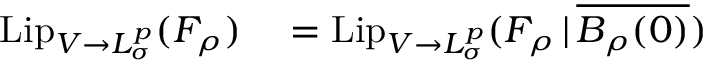
\begin{array} { r l } { \mathrm { L i p } _ { V \to L _ { \sigma } ^ { p } } ( F _ { \rho } ) } & { { } = \mathrm { L i p } _ { V \to L _ { \sigma } ^ { p } } ( F _ { \rho } \, | \, \overline { { B _ { \rho } ( 0 ) } } ) } \end{array}